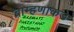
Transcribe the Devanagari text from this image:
ब्राम्हणाकडे